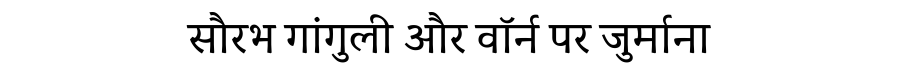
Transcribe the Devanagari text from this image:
सौरभ गांगुली और वॉर्न पर जुर्माना